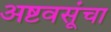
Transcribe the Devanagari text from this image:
अष्टवसूंचा